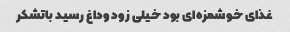
غذای خوشمزه‌ای بود خیلی زود وداغ رسید باتشکر